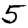
Digit: 5